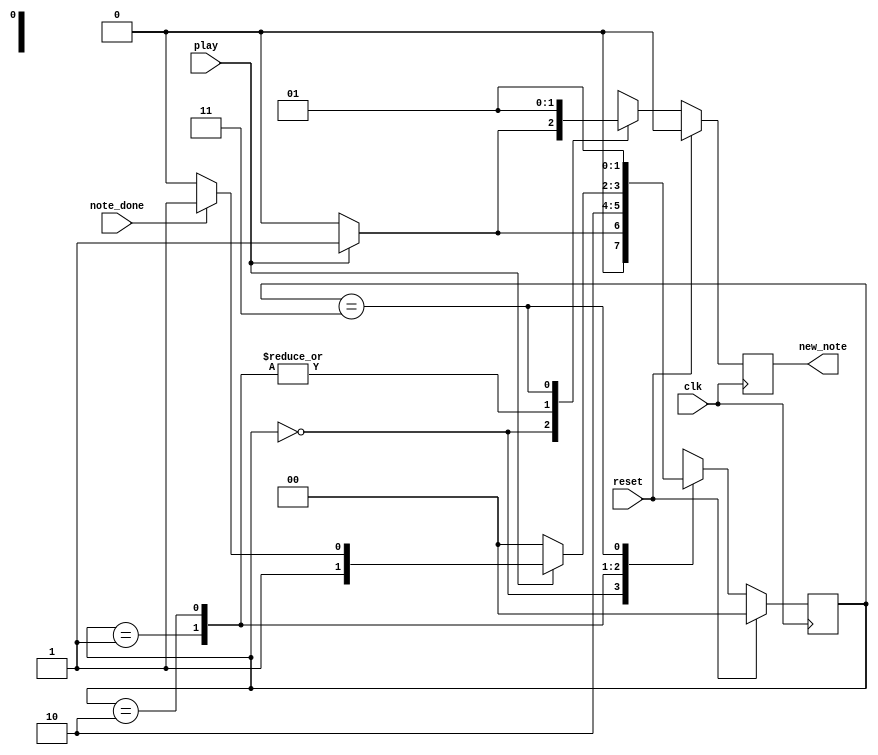
module song_readerctrl(new_note,clk, reset, note_done, play);
   input clk,reset,note_done,play;
   output reg new_note;
   parameter RESET=2'b00,NEW_NOTE=2'b01,WAIT=2'b10,NEXT_NOTE=2'b11;
   reg [1:0]  state;
   always @(posedge clk)
     begin
       if(reset) begin state<=RESET;new_note<=0;end
       else case(state)
         RESET:begin
         if(play) begin state<=NEW_NOTE;new_note<=1;end
         else begin state<=RESET;new_note<=0;end
         end
         NEW_NOTE:begin state<=WAIT;new_note<=0;end
         WAIT:begin 
         if(play) begin
           if(note_done) begin state<=NEXT_NOTE;new_note<=0;end
           else begin state<=WAIT;new_note<=0;end
         end    
         else begin state<=RESET;new_note<=0;end
         end
         NEXT_NOTE:begin state<=NEW_NOTE;new_note<=1;end
         default:begin state<=RESET;new_note<=0;end
       endcase
     end
endmodule